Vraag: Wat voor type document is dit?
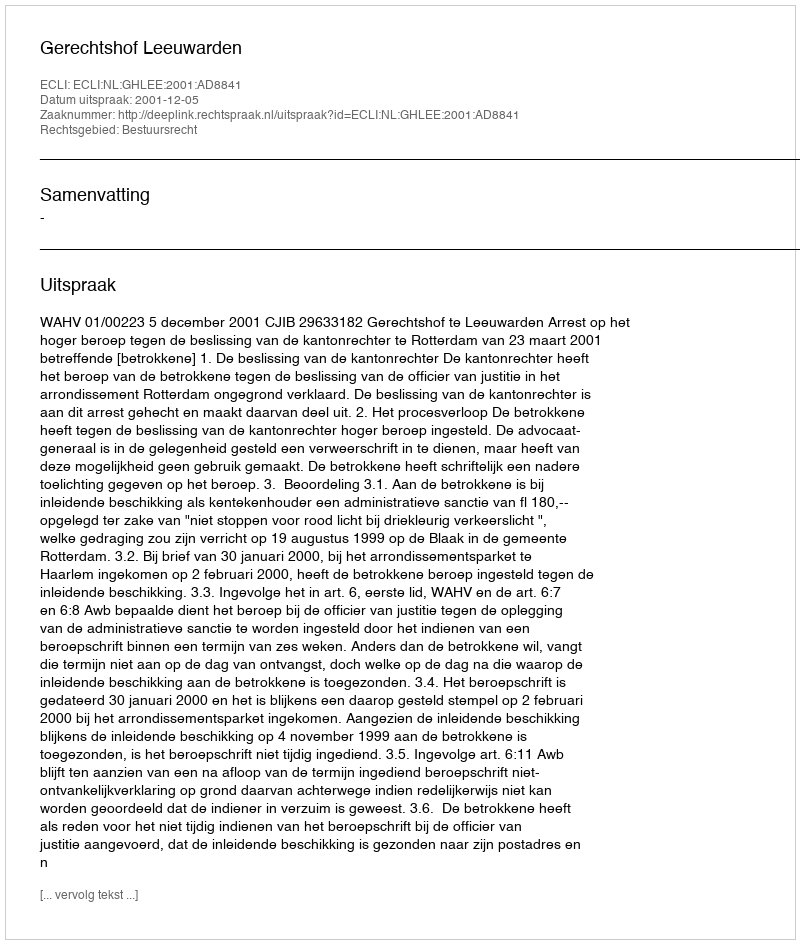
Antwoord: Uitspraak